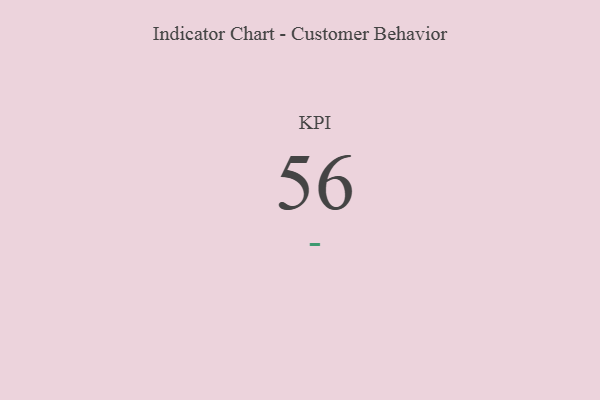
{"axis": {"x": "KPI", "y": "Value"}, "legend": [""], "data": [{"x": "KPI", "y": 56, "type": ""}]}